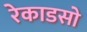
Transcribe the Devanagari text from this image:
रेकाडसो